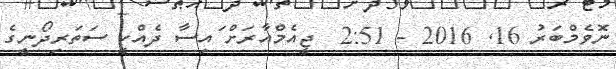
ނޮވެމްބަރު 16